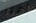
آمنا